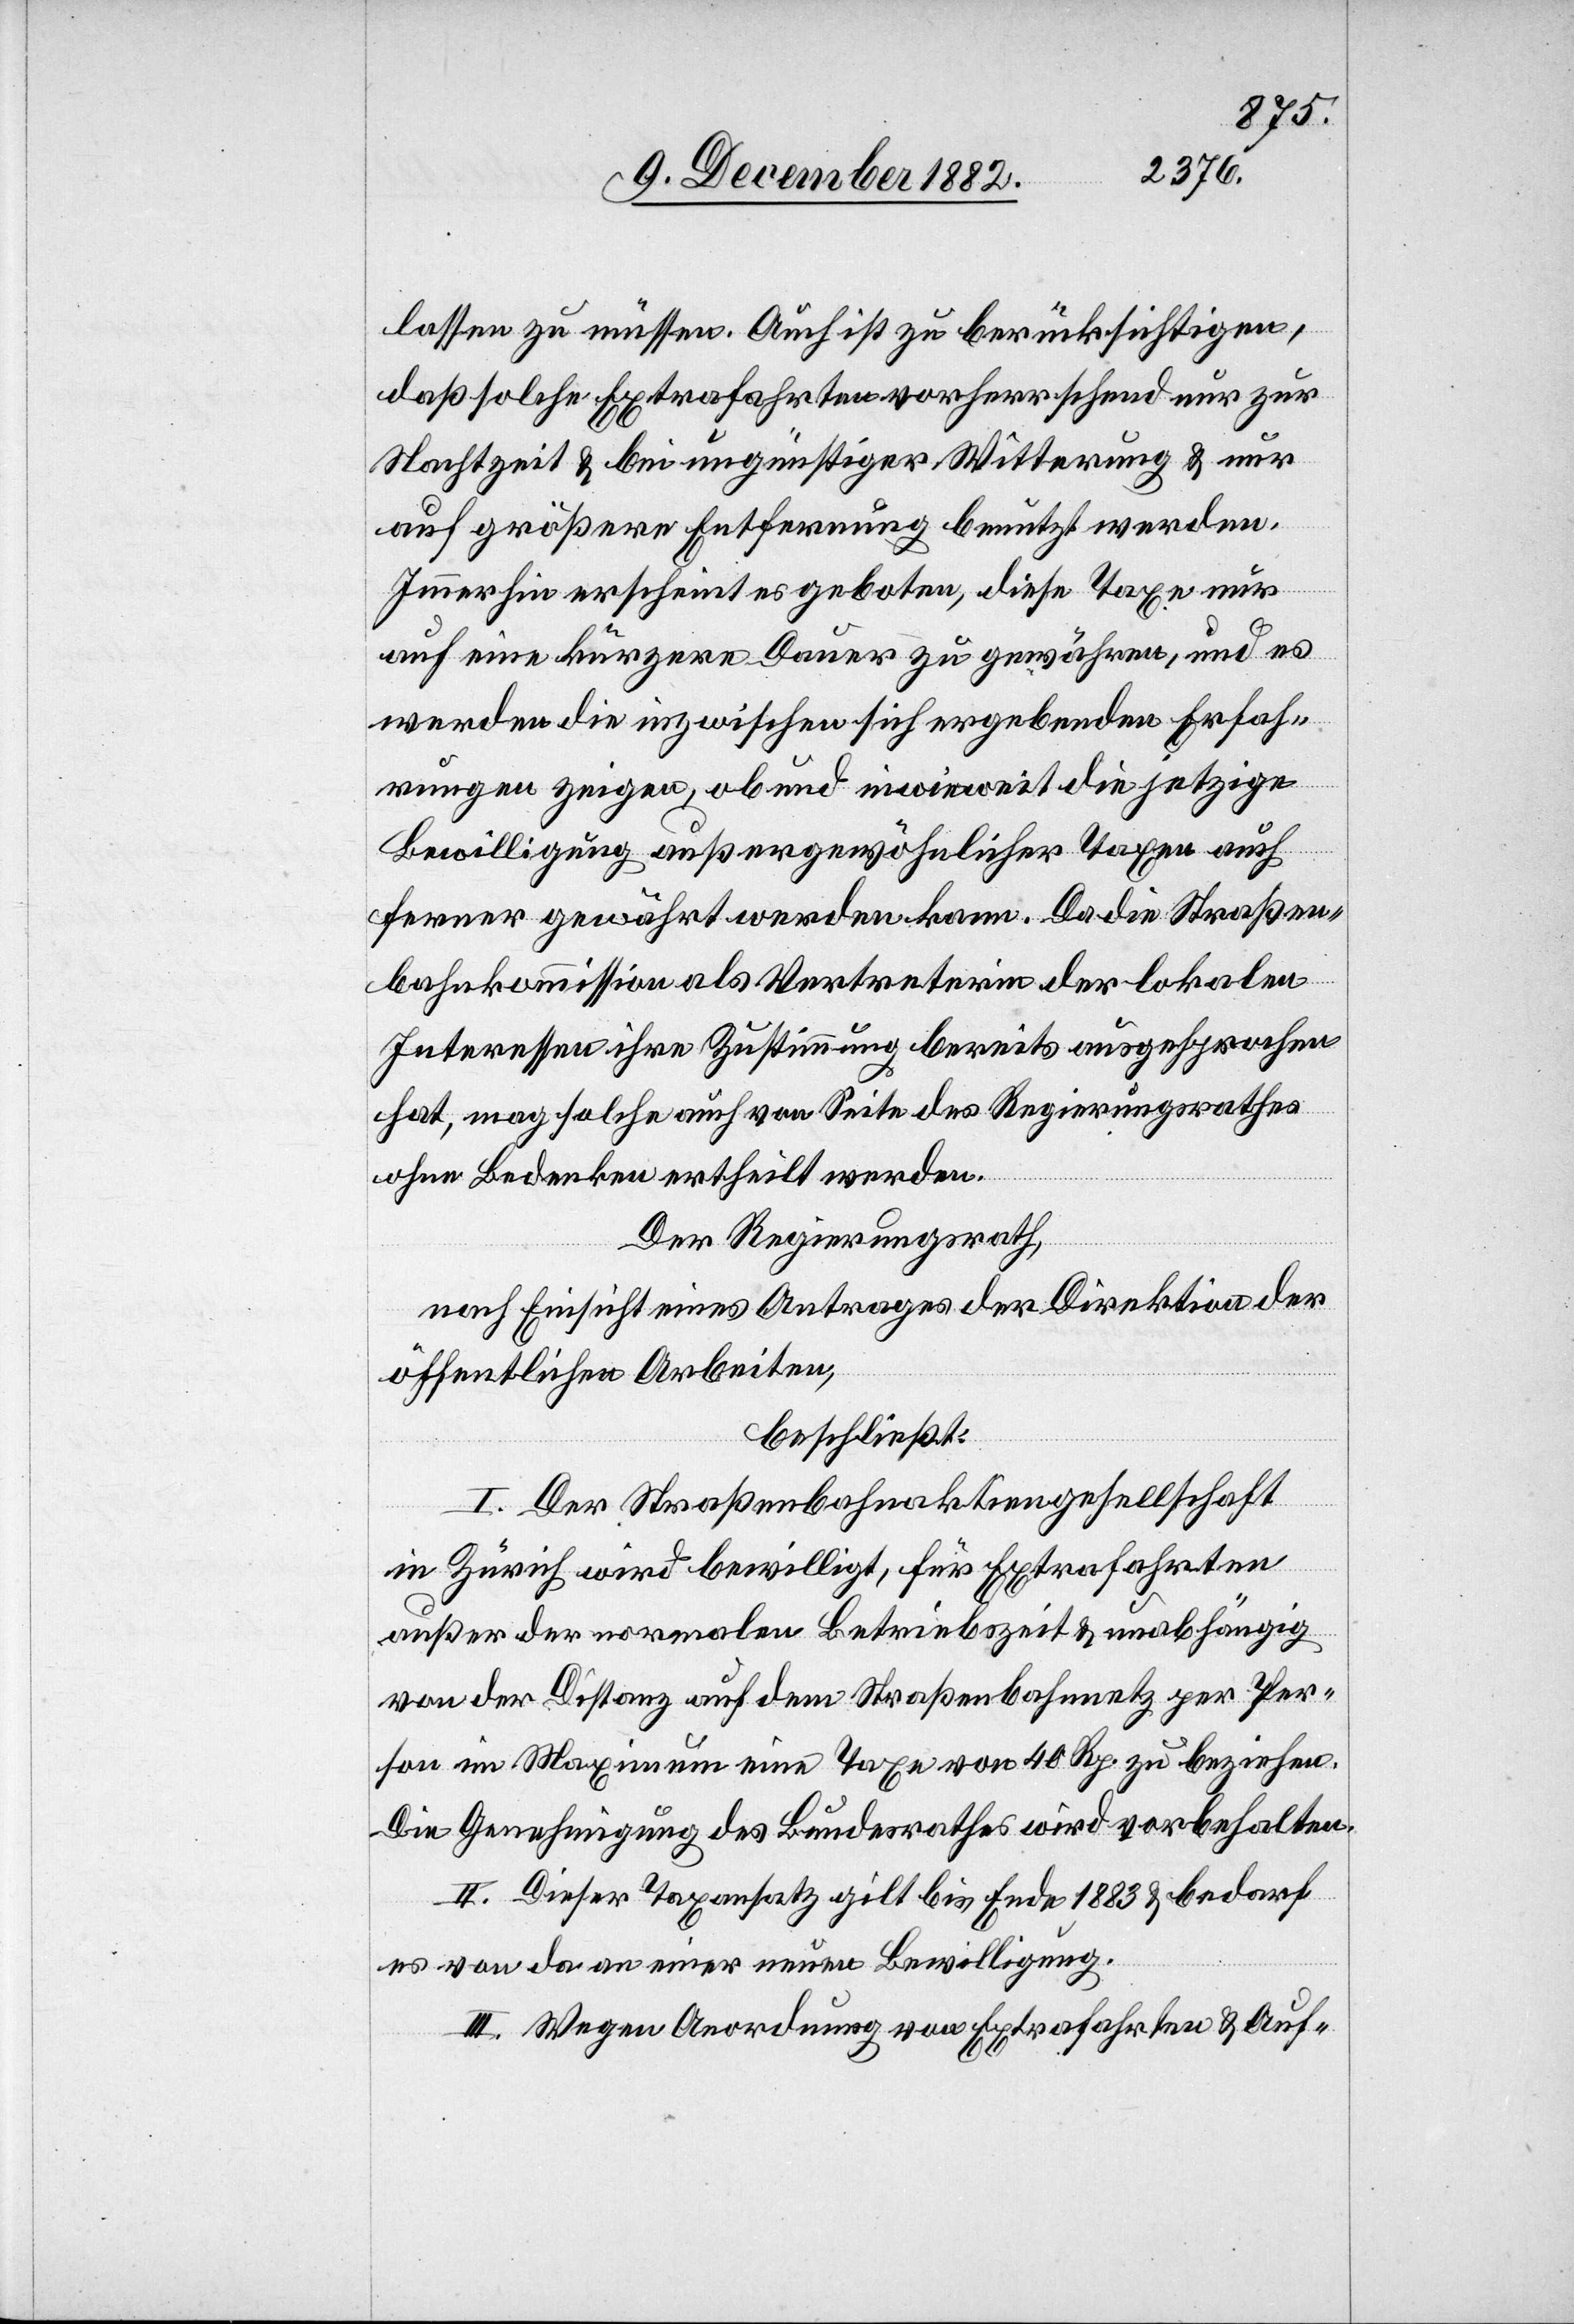
lassen zu müssen. Auch ist zu berücksichtigen,
daß solche Extrafahrten vorherrschend nur zur
Nachtzeit & bei ungünstiger Witterung & nur
auf größere Entfernung benutzt werden.
Immerhin erscheint es geboten, diese Taxe nur
auf eine kürzere Dauer zu gewähren, und es
werden die inzwischen sich ergebenden Erfah¬
rungen zeigen, ob und inwieweit die jetzige
Bewilligung außergewöhnlicher Taxen auch
ferner gewährt werden kann. Da die Straßen¬
bahnkommission als Vertreterin der lokalen
Interessen ihre Zustimmung bereits ausgesprochen
hat, mag solche auch von Seite des Regierungsrathes
ohne Bedenken ertheilt werden.
Der Regierungsrath,
nach Einsicht eines Antrages der Direktion der
öffentlichen Arbeiten,
beschließt:
I. Der Straßenbahnaktiengesellschaft
in Zürich wird bewilligt, für Extrafahrten
außer der normalen Betriebszeit & unabhängig
von der Distanz auf dem Straßenbahnnetz per Per¬
son im Maximum eine Taxe von 40 Rp. zu beziehen.
Die Genehmigung des Bundesrathes wird vorbehalten.
II. Dieser Taxensatz gilt bis Ende 1883 & bedarf
es von da an einer neuen Bewilligung.
III. Wegen Anordnung von Extrafahren & Auf-